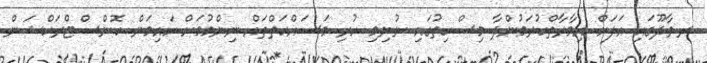
ރ.ވާދޫގައި އަލަށް އިމާރާތްކުރަމުންދާ މިސްކިތުގައި ނުނިމި ހުރި މަސައްކަތްތައް ނިންމުމަށް ހައިމަން ކޮންސްޓްރަކްޝަން